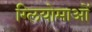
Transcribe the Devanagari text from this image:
ग्लियोमाओं